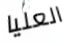
العليا